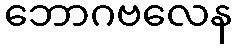
ဘောဂဗလေန